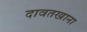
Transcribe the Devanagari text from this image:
दावतखाना